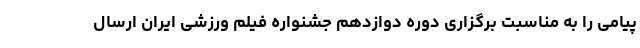
پیامی را به مناسبت برگزاری دوره دوازدهم جشنواره فیلم ورزشی ایران ارسال